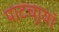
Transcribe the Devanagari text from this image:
पाटचार्‍यां